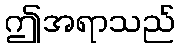
ဤအရာသည်